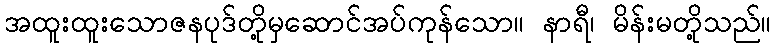
အထူးထူးသောဇနပုဒ်တို့မှဆောင်အပ်ကုန်သော။ နာရီ၊ မိန်းမတို့သည်။